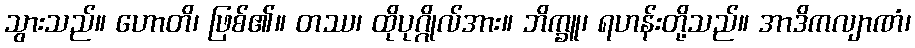
သွားသည်။ ဟောတိ၊ ဖြစ်၏။ တဿ၊ ထိုပုဂ္ဂိုလ်အား။ ဘိက္ခူ၊ ရဟန်းတို့သည်။ အာဒိကလျာဏံ၊